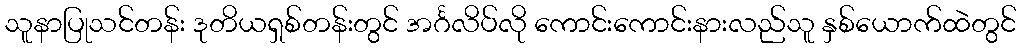
သူနာပြုသင်တန်း ဒုတိယရှစ်တန်းတွင် အင်္ဂလိပ်လို ကောင်းကောင်းနားလည်သူ နှစ်ယောက်ထဲတွင်